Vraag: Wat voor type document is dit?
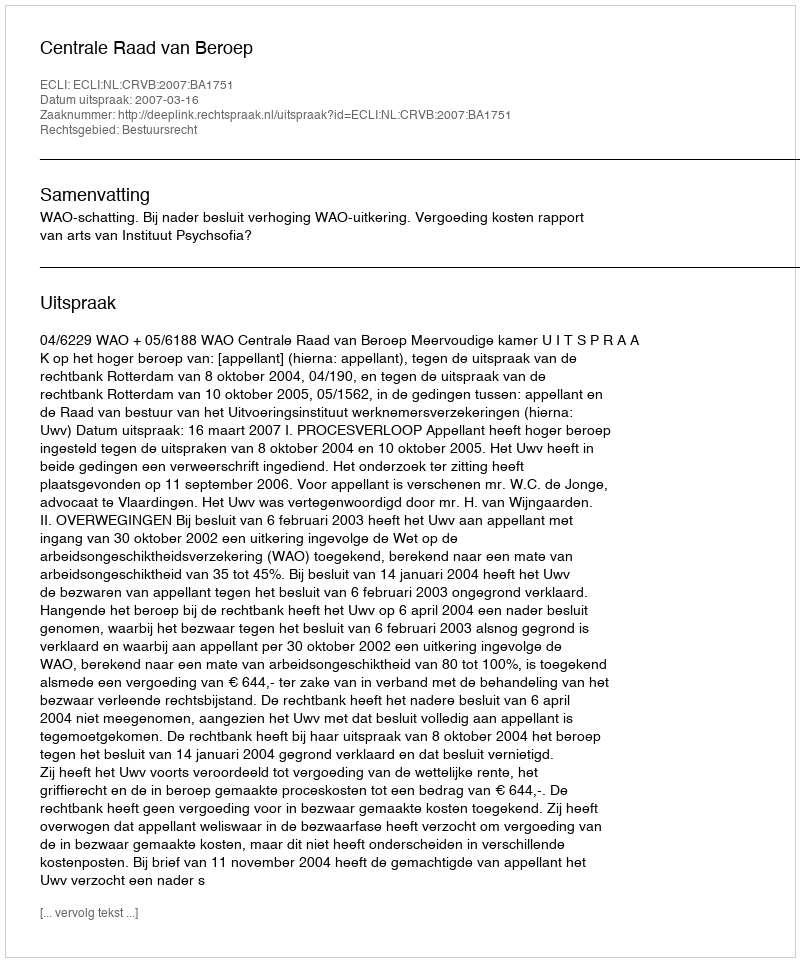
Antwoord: Uitspraak